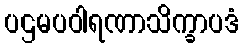
ပဌမပဝါရဏာသိက္ခာပဒံ